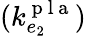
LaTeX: (k_{e_{2}}^{\mathrm{~p~l~a~}})